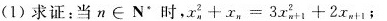
(1)求证：当n\inN^{n}时，$$x _ { n } ^ { 2 } + x _ { n } = 3 x _ { n + 1 } ^ { 2 } + 2 x _ { n + 1 }$$；